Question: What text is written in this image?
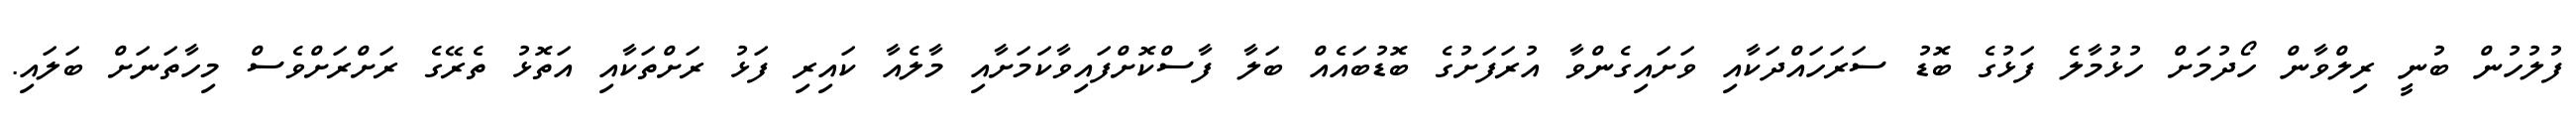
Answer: ފުލުހުން ބުނީ ރިލްވާން ހޯދުމަށް ހުޅުމާލެ ފަޅުގެ ބޮޑު ސަރަހައްދަކާއި ވަށައިގެންވާ އުރަފަށުގެ ބޮޑުބައެއް ބަލާ ފާސްކޮށްފައިވާކަމަށާއި މާލެއާ ކައިރި ފަޅު ރަށްތަކާއި އަތޮޅު ތެރޭގެ ރަށްރަށްވެސް މިހާތަނަށް ބަލައި.